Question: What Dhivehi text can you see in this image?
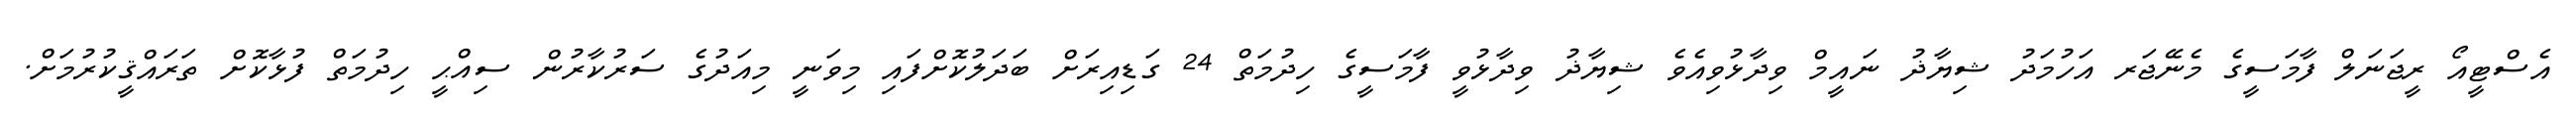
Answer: އެސްޓީއޯ ރީޖަނަލް ފާމަސީގެ މެނޭޖަރ އަހުމަދު ޝިޔާޛު ނައީމް ވިދާޅުވިއެވެ ޝިޔާޛު ވިދާޅުވީ ފާމަސީގެ ހިދުމަތް 24 ގަޑިއިރަށް ބަދަލުކޮށްފައި މިވަނީ މިއަދުގެ ސަރުކާރުން ސިއްޙީ ހިދުމަތް ފުޅާކޮށް ތަރައްޤީކުރުމަށް.